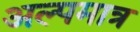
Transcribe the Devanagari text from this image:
अल्पमात्र